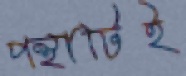
পন্থাটিই